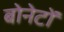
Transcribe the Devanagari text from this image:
बोनेटों